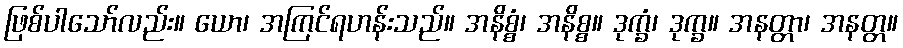
ဖြစ်ပါသော်လည်း။ ယော၊ အကြင်ရဟန်းသည်။ အနိစ္စံ၊ အနိစ္စ။ ဒုက္ခံ၊ ဒုက္ခ။ အနတ္တာ၊ အနတ္တ။